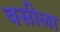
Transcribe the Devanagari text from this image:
वसीला